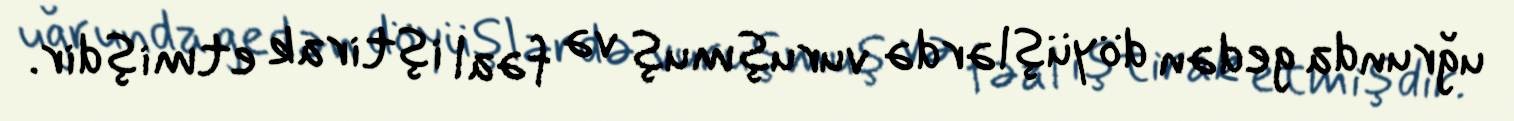
uğrunda gedən döyüşlərdə vuruşmuş və fəal iştirak etmişdir.